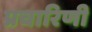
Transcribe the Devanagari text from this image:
प्रचारिणी